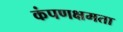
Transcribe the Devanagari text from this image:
कंपणक्षमता